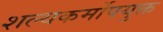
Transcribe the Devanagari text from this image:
शल्यकर्मोपयुक्त